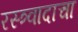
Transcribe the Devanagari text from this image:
रस्त्र्वादाचा